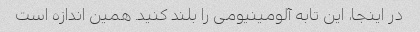
در اینجا، این تابه آلومینیومی را بلند کنید. همین اندازه است